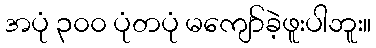
အပုံ ၃၀၀ ပုံတပုံ မကျော်ခဲ့ဖူးပါဘူး။